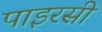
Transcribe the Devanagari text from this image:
पाइरसी